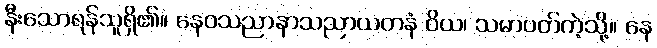
နီးသောရန်သူရှိ၏။ နေဝသညာနာသညာယတနံ ဝိယ၊ သမာပတ်ကဲ့သို့။ နေ